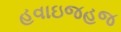
હવાઇજહજ